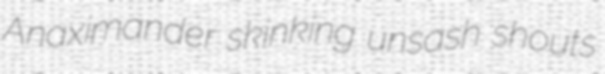
Anaximander skinking unsash shouts